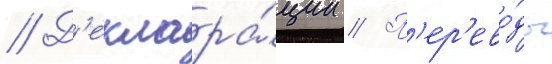
// Д'еклара́ции // П'ер'ево́ды